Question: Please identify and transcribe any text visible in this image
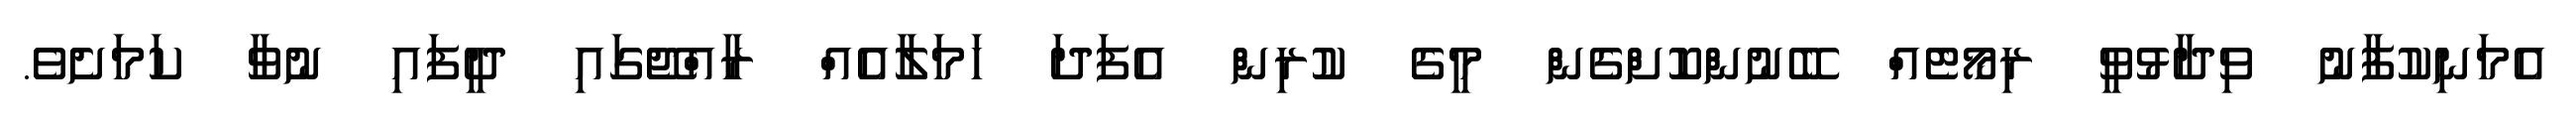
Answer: އެމަނިކުފާނު ވިދާޅުވީ ރިމޯޓެއް ބޭނުންކޮށްގެން މީގެ ކުރިން އެފަދަ ހަމަލާއެއް ރާއްޖޭގައި ދީފައި ނުވާ ކަމަށެވެ.